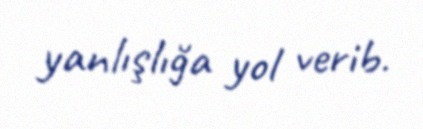
yanlışlığa yol verib.